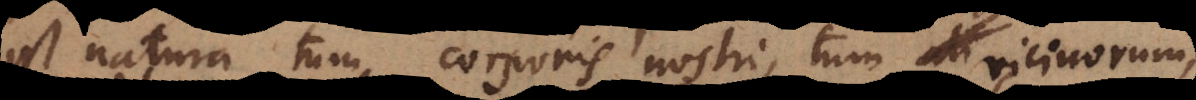
est natura tum corporis nostri, tum ali vicinorum,